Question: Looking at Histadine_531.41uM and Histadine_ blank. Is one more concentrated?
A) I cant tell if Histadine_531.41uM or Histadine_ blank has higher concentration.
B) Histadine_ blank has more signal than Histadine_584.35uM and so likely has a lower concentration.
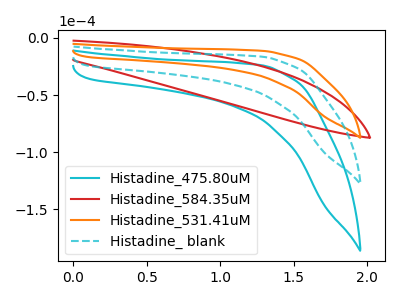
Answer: <think>The cyan curve "Histadine_475.80uM" has no peaks. The red curve "Histadine_584.35uM" has no peaks. The orange curve "Histadine_531.41uM" has no peaks. The cyan dashed curve "Histadine_ blank" has no peaks.
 Neither "Histadine_531.41uM" or "Histadine_ blank" have any peaks.</think>
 <answer>A) I cant tell if "Histadine_531.41uM" or "Histadine_ blank" has higher concentration.</answer>
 <eval>A</eval>